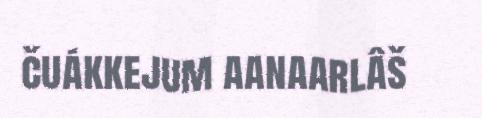
čuákkejum aanaarlâš